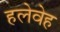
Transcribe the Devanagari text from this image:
हलेवेह